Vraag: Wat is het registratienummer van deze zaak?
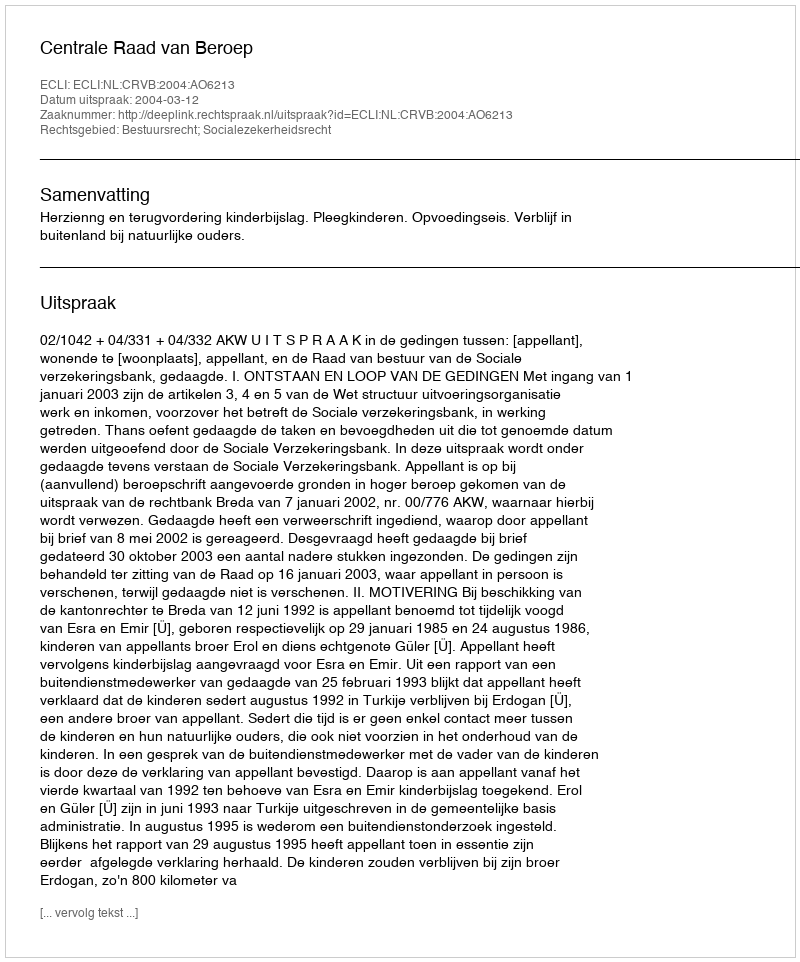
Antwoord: http://deeplink.rechtspraak.nl/uitspraak?id=ECLI:NL:CRVB:2004:AO6213